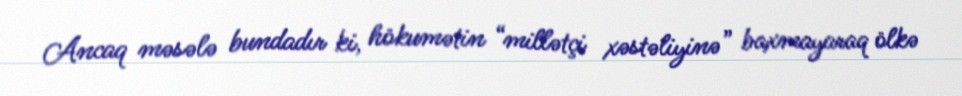
Ancaq məsələ bundadır ki, hökumətin “millətçi xəstəliyinə” baxmayaraq ölkə